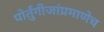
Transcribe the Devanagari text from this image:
पोर्तुंगीजांप्रमाणेच